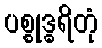
ပစ္စုဒ္ဓရိတုံ